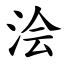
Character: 浍